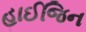
હાઈજિન